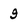
Character: 9